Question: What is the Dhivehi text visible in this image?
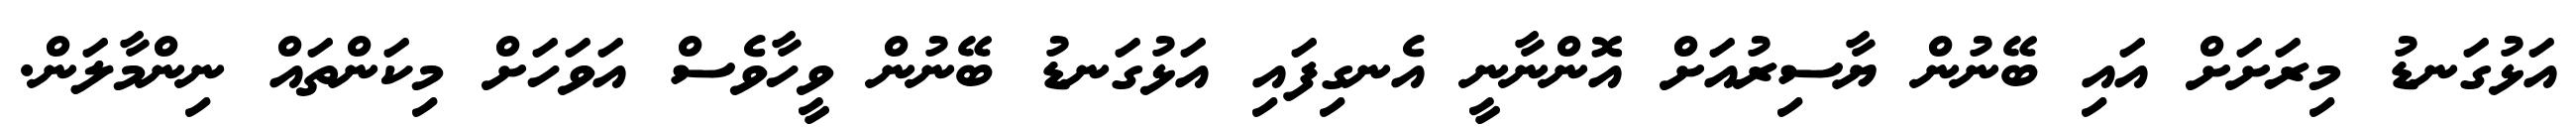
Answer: އަޅުގަނޑު މިރަށަށް އައި ބޭނުން ޔާސިރުއަށް އޮންނާނީ އެނގިފައި އަޅުގަނޑު ބޭނުން ވީހާވެސް އަވަހަށް މިކަންތައް ނިންމާލަން.